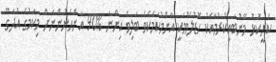
ކުރީކޮޅު މޭނުބައިކުރުމާއެކު ހޮޑުލެވުމަކީ އާންމުކަމެކެވެ ބަލިވެ އިންނަ %90 އަންހެނުންނަށް މިކަމުގެ އުދަގޫ